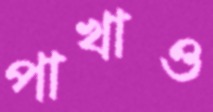
পাখাও